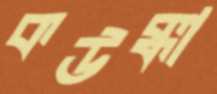
কউক্কা